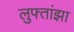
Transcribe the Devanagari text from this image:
लुफ्तांझा